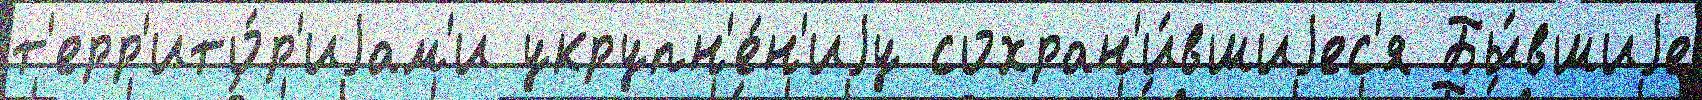
т'ерр'ито́р'иjам'и укрупн'е́н'иjу сохран'и́вшиjес'я Бы́вшиjе